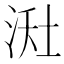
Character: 𪶇